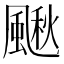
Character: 𩘌